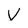
Character: v